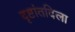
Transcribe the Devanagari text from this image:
दृष्टांतदिला